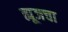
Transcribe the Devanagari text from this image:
ह्यूजचा